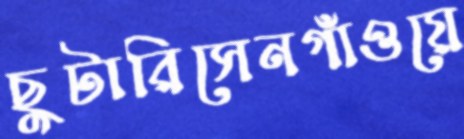
ছুটারিসেনগাঁওয়ে